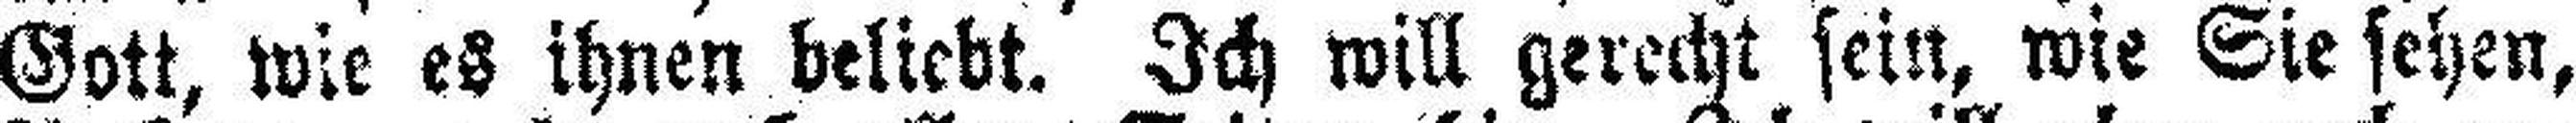
Gott, wie es ihnen beliebt. Ich will gerecht sein, wie Sie sehen,